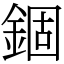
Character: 錮